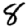
Digit: 8